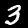
Label: 3